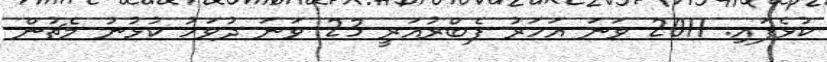
ކުޅެފައި. 2011 ވަނަ އަހަރު ފެބްރުއަރީ 23 ވަނަ ދުވަހު ކުޅުނު މެޗުން